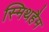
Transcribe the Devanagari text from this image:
स्मिथहैम